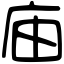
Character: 庙